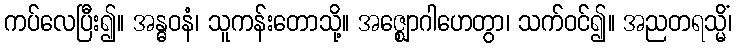
ကပ်လေပြီး၍။ အန္ဓဝနံ၊ သူကန်းတောသို့။ အဇ္ဈောဂါဟေတွာ၊ သက်ဝင်၍။ အညတရသ္မိံ၊